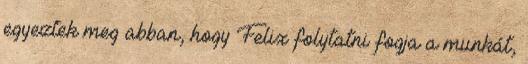
egyeztek meg abban, hogy Felix folytatni fogja a munkát,